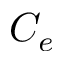
C _ { e }